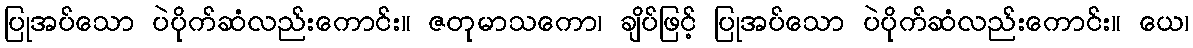
ပြုအပ်သော ပဲပိုက်ဆံလည်းကောင်း။ ဇတုမာသကော၊ ချိပ်ဖြင့် ပြုအပ်သော ပဲပိုက်ဆံလည်းကောင်း။ ယေ၊